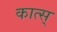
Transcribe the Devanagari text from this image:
कात्स्